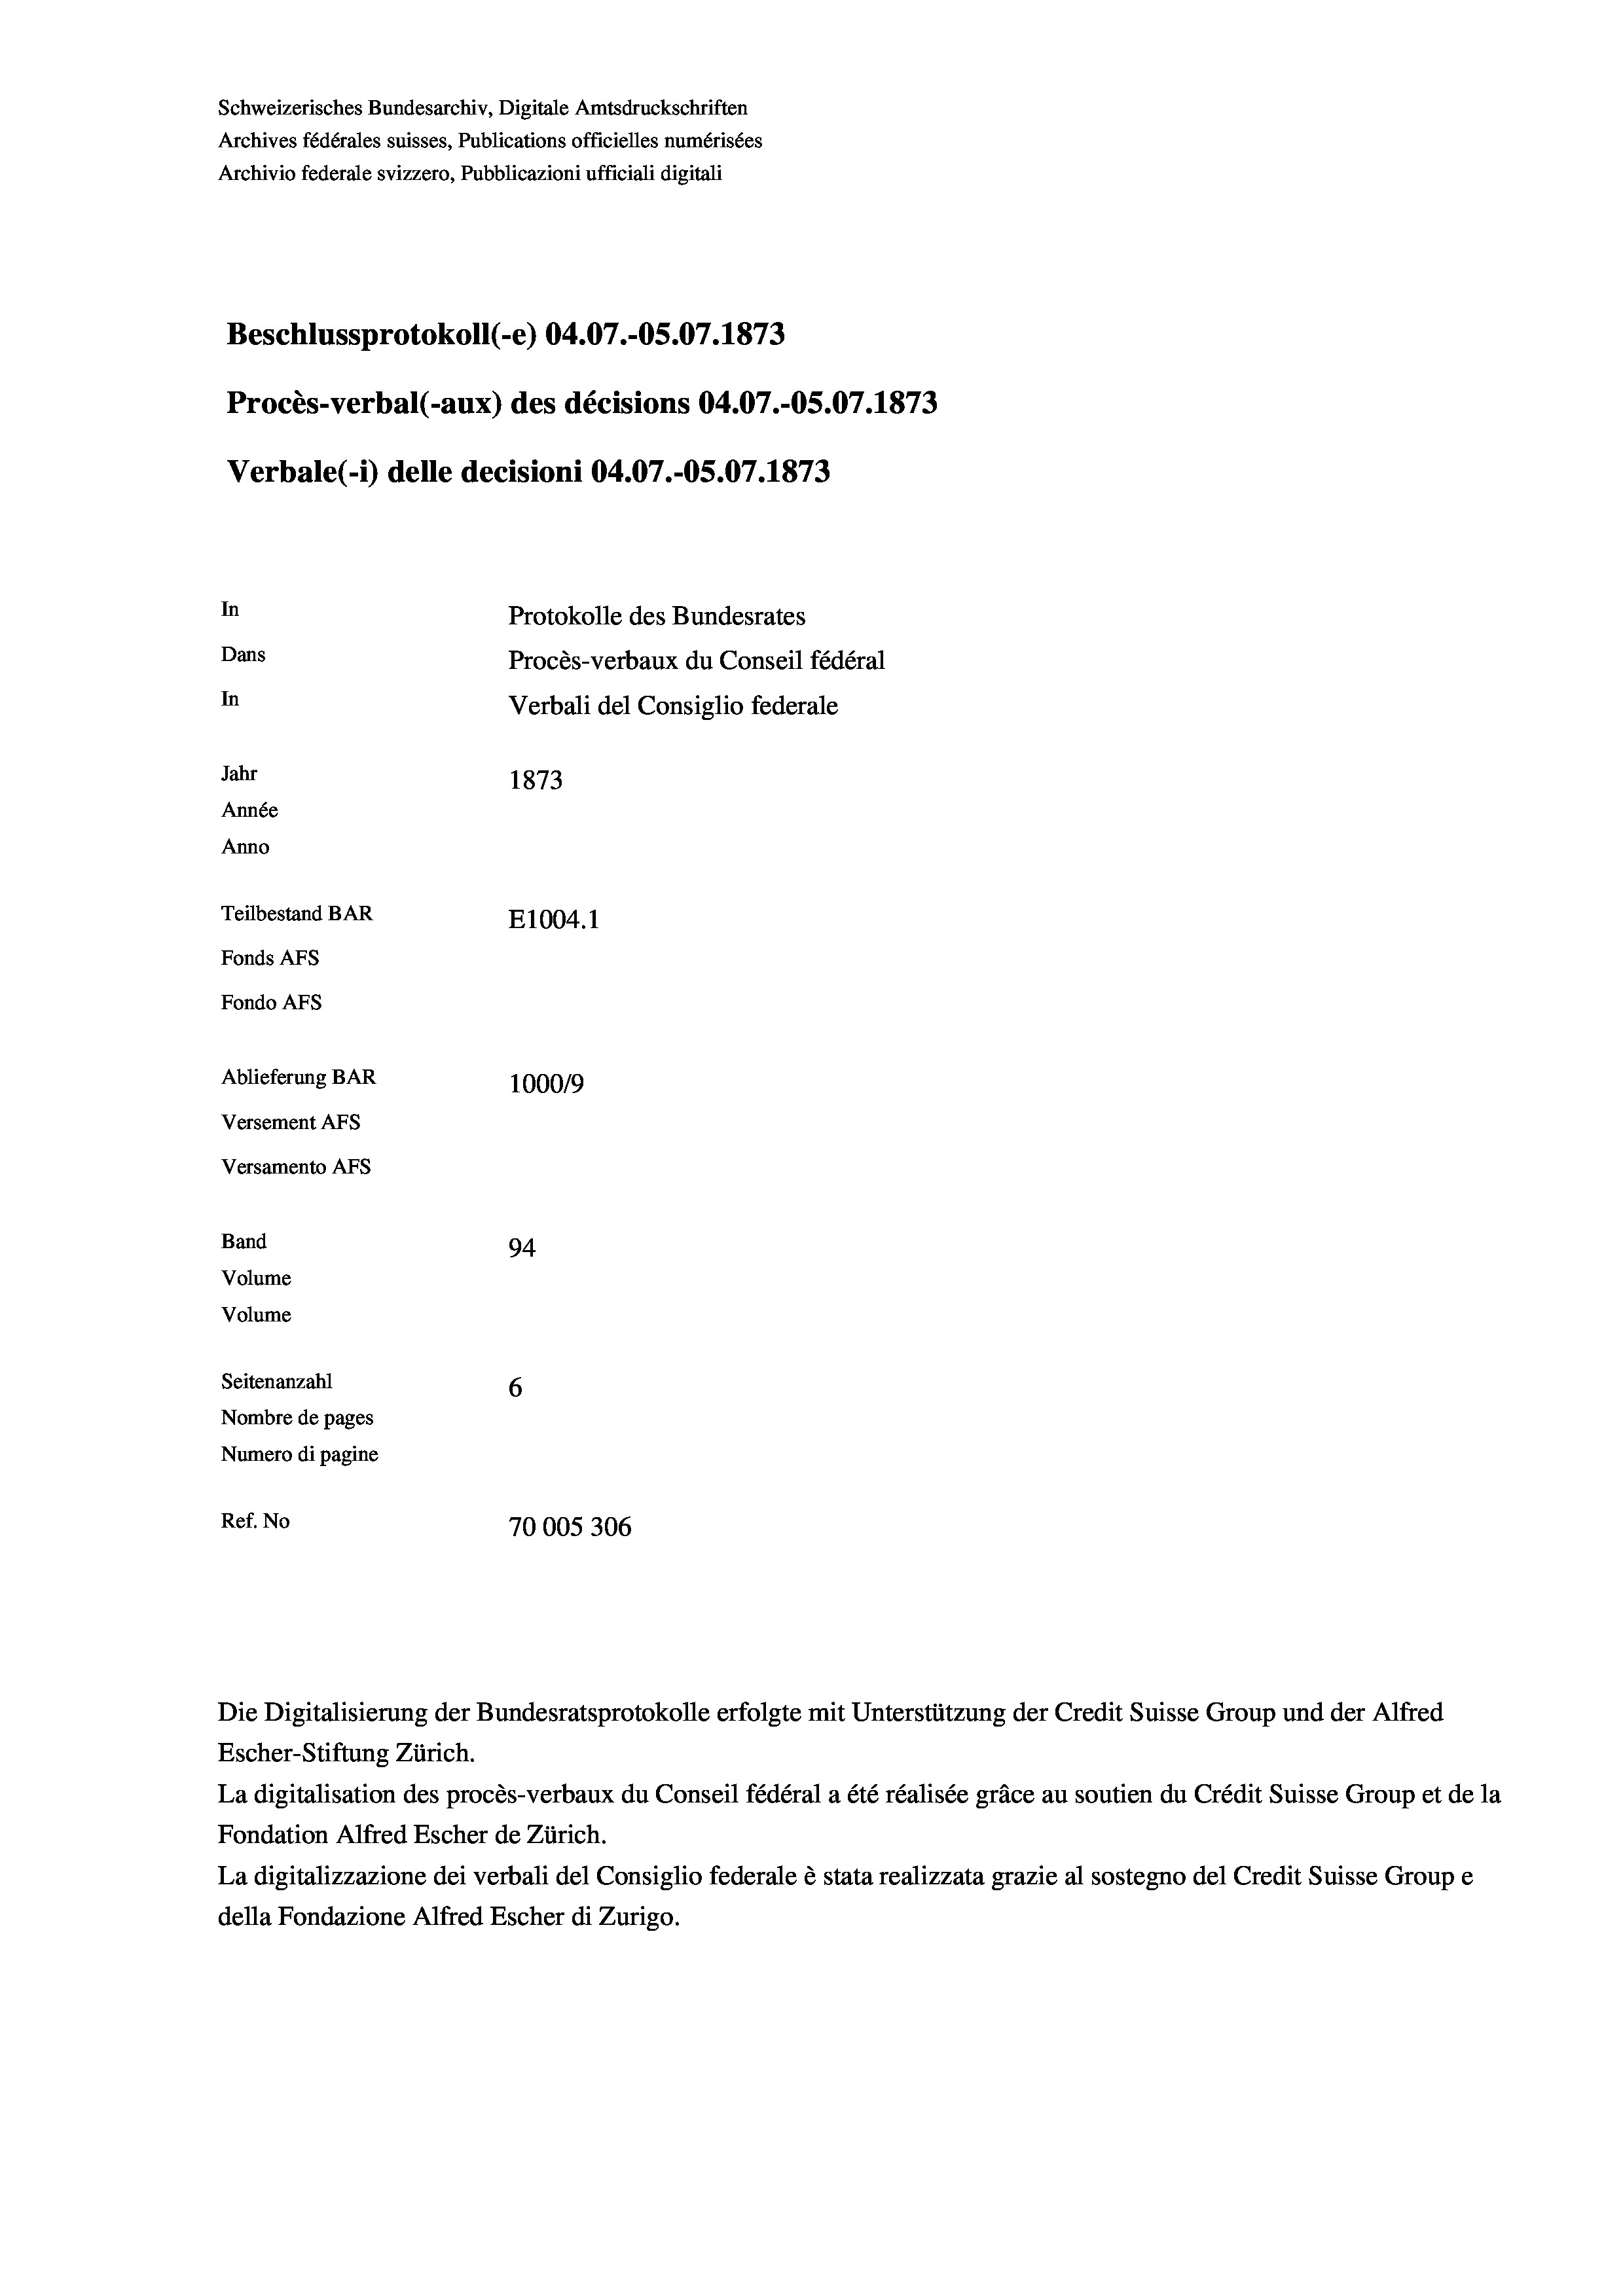
Schweizerisches Bundesarchiv, Digitale Amtsdruckschriften
Archives fédérales suisses, Publications officielles numérisées
Archivio federale svizzero, Pubblicazioni ufficiali digitali
Beschlussprotokoll (-e) 04.07.-OS.07. 1873
Procès-verbal (-aux) des décisions 04.07.-OS.07. 1873
Verbale(*) delle decisioni 04.07.-OS.07. 1873
In
Protokolle des Bundesrates
Dans
Procès-verbaux du Conseil fédéral
In
Verbali del Consiglio federale
Jahr
1873
Année
Anno
Teilbestand BAR
E1004. 1
Fonds AFs
Fondo AFs
Ablieferung BAR
100019
Versement AFs
Versamento AFs

94.
Seitenanzahl
6
Nombre de pages
Numero di pagine
Ref. No
70005306

Band
Volume
Volume

La digitalisation des procès-verbaux du Conseil fédéral a été réalisée gräce au soutien du Crédit Suisse Group et de la
Fondation Alfred Escher de Zürich.
La digitalizzazione dei verbali del Consiglio federale è stata realizzata grazie al sostegno del Credit Suisse Groupe
della Fondazione Alfred Escher di Zurigo.

Die Digitalisierung der Bundesratsprotokolle erfolgte mit Unterstützung der Credit Suisse Group und der Alfred
Escher-Stiftung Zürich.